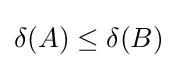
\delta (A)\leq \delta (B)